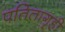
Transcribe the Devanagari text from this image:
पतितागृही